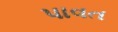
પાવત